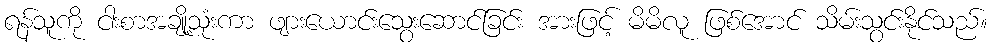
ရန်သူကို ငါးစာအချို့သုံးကာ ဖျားယောင်းသွေးဆောင်ခြင်း အားဖြင့် မိမိလူ ဖြစ်အောင် သိမ်းသွင်းနိုင်သည်။